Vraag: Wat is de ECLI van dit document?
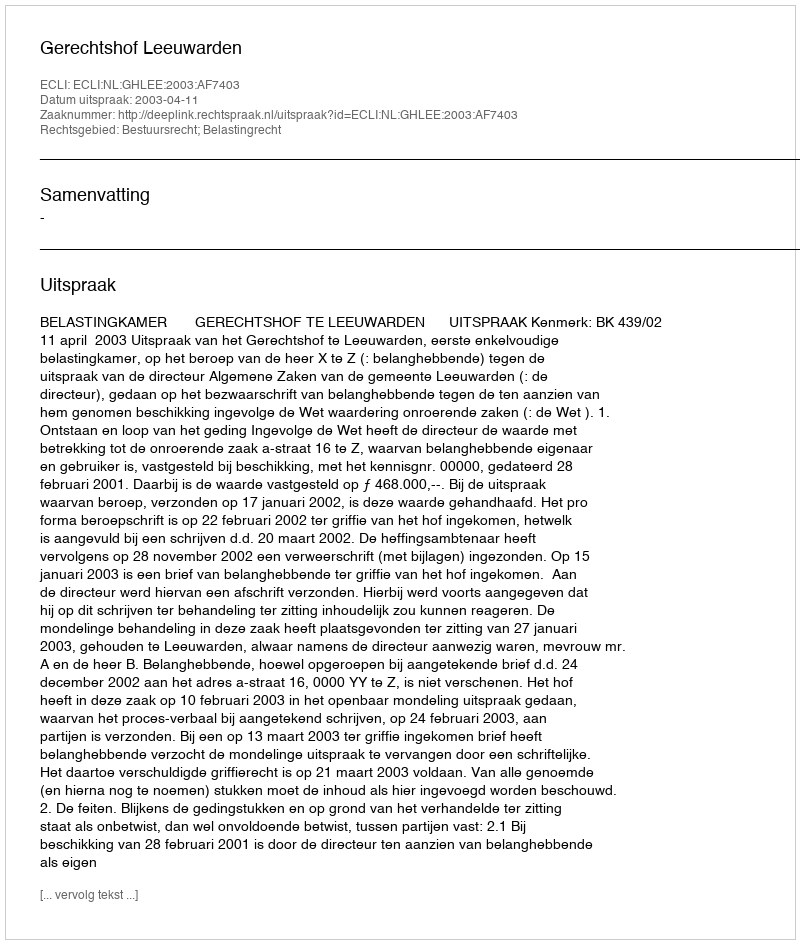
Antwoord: ECLI:NL:GHLEE:2003:AF7403